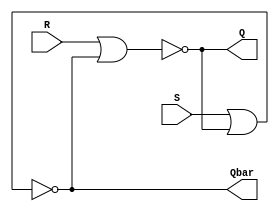
`timescale 1ns / 1ps
/*****************************************************************************/
/* Author   : Xilinx                                                         */
/* Date     : ??-??-????                                                     */
/* Function : https://www.xilinx.com/support/documentation/university/       */
/*                Vivado-Teaching/HDL-Design/2013x/Nexys4/Verilog/           */
/*                docs-pdf/lab5.pdf                                          */
/*****************************************************************************/
module SRLatchGate (input R, input S, output Q, output Qbar);
	nor (Q, R, Qbar);
	nor (Qbar, S, Q);
endmodule